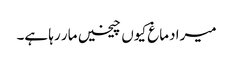
میرا دماغ کیوں چیخیں مار رہا ہے۔